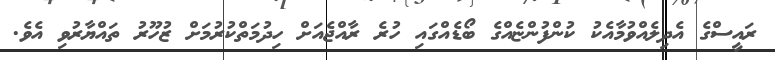
ރައީސްގެ އެދިލެއްވުމާއެކު ކުންފުންޏެއްގެ ބޯޑެއްގައި ހުރެ ރާއްޖެއަށް ހިދުމަތްކުރުމަށް ޒުހޫރު ތައްޔާރުވި އެވެ.